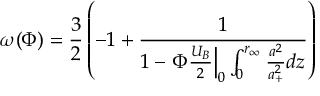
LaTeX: \omega ( \Phi ) = \frac { 3 } { 2 } \left( - 1 + \frac { 1 } { 1 - \left. \Phi \frac { U _ { B } } { 2 } \right| _ { 0 } \int _ { 0 } ^ { r _ { \infty } } \frac { a ^ { 2 } } { a _ { + } ^ { 2 } } d z } \right)